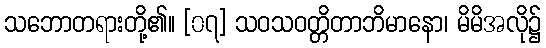
သဘောတရားတို့၏။ [၀၇] သဝသဝတ္တိတာဘိမာနော၊ မိမိအလို၌